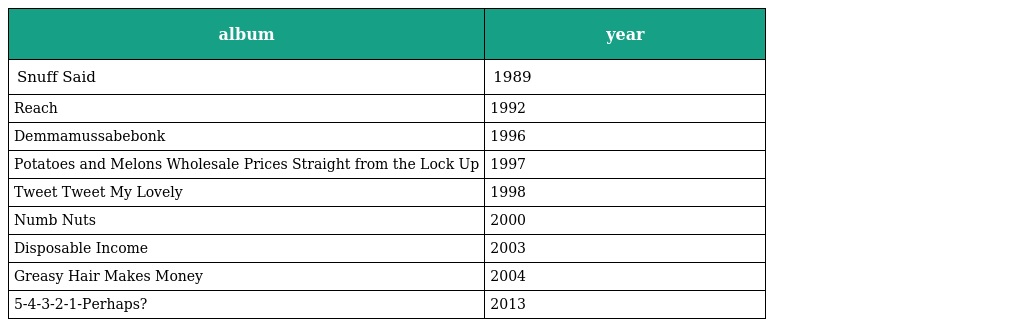
| album | year |
 | --- | --- |
 | Snuff Said | 1989 |
 | Reach | 1992 |
 | Demmamussabebonk | 1996 |
 | Potatoes and Melons Wholesale Prices Straight from the Lock Up | 1997 |
 | Tweet Tweet My Lovely | 1998 |
 | Numb Nuts | 2000 |
 | Disposable Income | 2003 |
 | Greasy Hair Makes Money | 2004 |
 | 5-4-3-2-1-Perhaps? | 2013 |